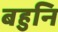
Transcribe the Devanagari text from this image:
बहुनि